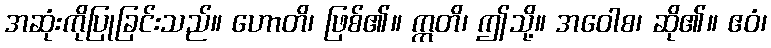
အဆုံးကိုပြုခြင်းသည်။ ဟောတိ၊ ဖြစ်၏။ ဣတိ၊ ဤသို့။ အဝေါစ၊ ဆို၏။ ဧဝံ၊